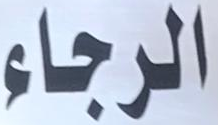
الرجاء